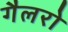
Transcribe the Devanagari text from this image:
गैलरो